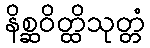
နိစ္ဆဝိတ္ထိသုတ္တံ